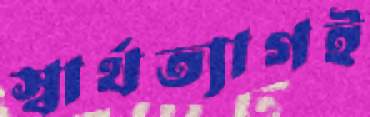
স্বার্থত্যাগই